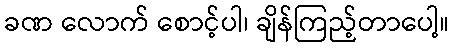
ခဏ လောက် စောင့်ပါ၊ ချိန်ကြည့်တာပေါ့။